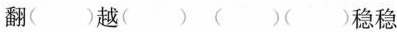
翻( )越( ) ( )( )稳稳